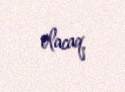
olacaq.